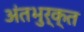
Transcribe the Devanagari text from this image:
अंतभुर्क्त